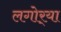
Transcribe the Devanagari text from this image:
लगोर्‍या